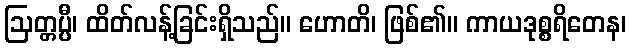
ဩတ္တပ္ပီ၊ ထိတ်လန့်ခြင်းရှိသည်။ ဟောတိ၊ ဖြစ်၏။ ကာယဒုစ္စရိတေန၊